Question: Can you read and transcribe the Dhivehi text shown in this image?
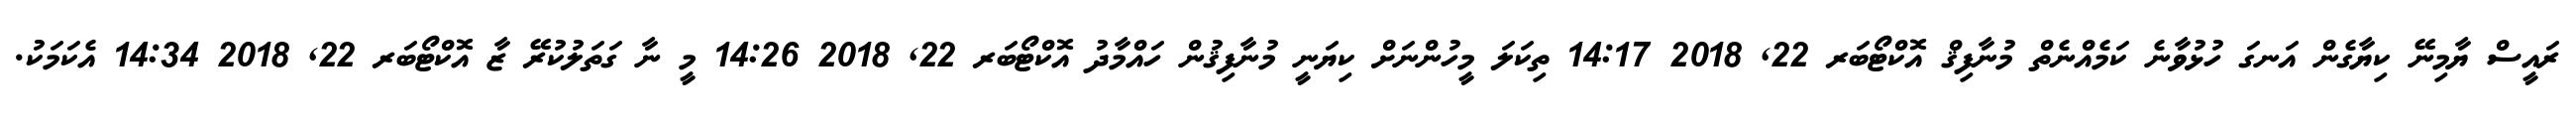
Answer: ރައީސް ޔާމިނޭ ކިޔާގެން އަނގަ ހުޅުވާނެ ކަމެއްނެތް މުނާފިޤް އޮކްޓޯބަރ 22, 2018 14:17 ތިކަލަ މީހުންނަށް ކިޔަނީ މުނާފިޤުން ހައްމާދު އޮކްޓޯބަރ 22, 2018 14:26 މީ ނާ ގަތަލުކުރޭ ޒާ އޮކްޓޯބަރ 22, 2018 14:34 އެކަމަކު.